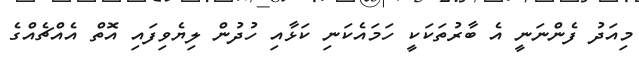
މިއަދު ފެންނަނީ އެ ބާރުތަކަކީ ހަމައެކަނި ކަޅާއި ހުދުން ލިޔެވިފައި އޮތް އެއްޗެއްގެ